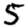
Digit: 5